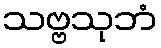
သဗ္ဗသုဘံ